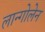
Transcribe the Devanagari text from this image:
लान्गोलेन